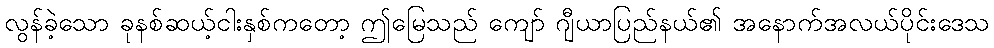
လွန်ခဲ့သော ခုနစ်ဆယ့်ငါးနှစ်ကတော့ ဤမြေသည် ကျော် ဂျီယာပြည်နယ်၏ အနောက်အလယ်ပိုင်းဒေသ